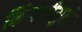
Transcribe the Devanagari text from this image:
किंमत्तीमुळे